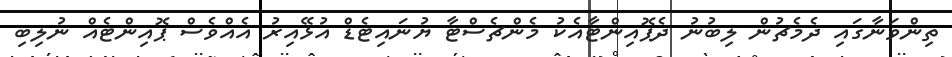
ތިންވަނާގައި ދެމެޗުން ލިބުނު ދެޕޮއިންޓާއެކު މެންޗެސްޓާ ޔުނައިޓެޑް އުޅޭއިރު އެއްވެސް ޕޮއިންޓެއް ނުލިބި